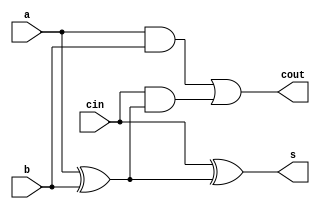
module FAdd(s,cout,a,b,cin);
	input a,b,cin;
	output s,cout;
	wire sig[2:0];
	
	xor G1 (sig[0],a,b);
	xor G2 (s,cin,sig[0]);
	and G3 (sig[1],a,b);
	and G4 (sig[2],cin,sig[0]);
	or G5 (cout,sig[1],sig[2]);
endmodule